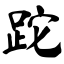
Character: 跎